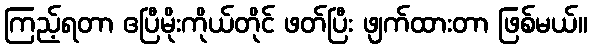
ကြည့်ရတာ ဧပြီမိုးကိုယ်တိုင် ဖတ်ပြီး ဖျက်ထားတာ ဖြစ်မယ်။